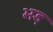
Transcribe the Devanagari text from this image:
भड़